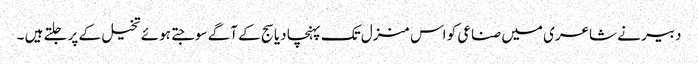
دبیر نے شاعری میں صناعی کو اس منزل تک پہنچا دیا سج کے آگے سوجتے ہوئے تخیل کے پر جلتے ہیں ۔